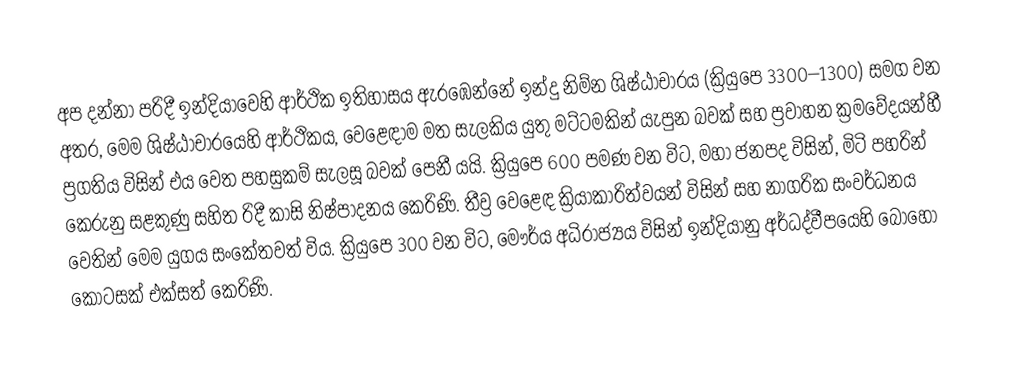
අප දන්නා පරිදී ඉන්දියාවෙහි ආර්ථික ඉතිහාසය ඇරඹෙන්නේ  ඉන්දු නිම්න ශිෂ්ඨාචාරය (ක්‍රියුපෙ 3300–1300) සමග වන අතර, මෙම ශිෂ්ඨාචාරයෙහි ආර්ථිකය,  වෙළෙඳාම මත සැලකිය යුතු මට්ටමකින් යැපුන බවක් සහ ප්‍රවාහන ක්‍රමවේදයන්හී ප්‍රගතිය විසින් එය වෙත පහසුකම් සැලසූ බවක් පෙනී යයි. ක්‍රියුපෙ 600 පමණ වන විට, මහා ජනපද විසින්, මිටි පහරින් කෙරුනු සළකුණු සහිත රිදී කාසි නිෂ්පාදනය කෙරිණි. තීව්‍ර වෙළෙඳ ක්‍රියාකාරිත්වයන් විසින් සහ නාගරික සංවර්ධනය වෙතින් මෙම යුගය සංකේතවත් විය. ක්‍රියුපෙ 300 වන විට, මෞර්ය අධිරාජ්‍යය විසින් ඉන්දියානු අර්ධද්වීපයෙහි බොහෝ කොටසක් එක්සත් කෙරිණි.